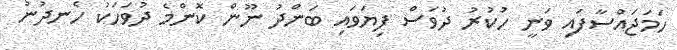
ހަމަޖައްސާފައި ވަނީ ހުކުރު ދުވަސް ފިޔަވައި ބަންދު ނޫން ކޮންމެ ދުވަހަކު ހެނދުނު